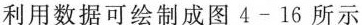
利用数据可绘制成图4-16所示